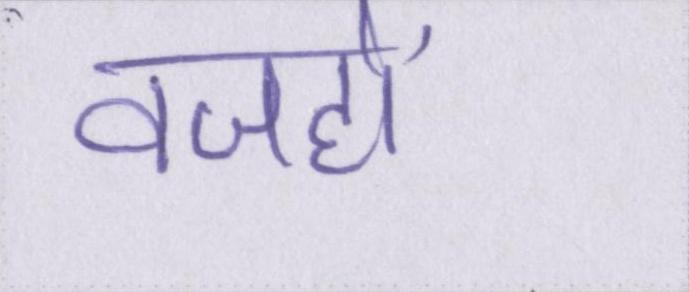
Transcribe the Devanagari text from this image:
वजहों